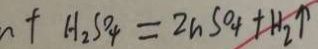
+ H _ { 2 } S O _ { 4 } = 2 n S O _ { 4 } + H _ { 2 } \uparrow